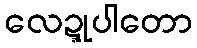
လေဍ္ဍုပါတော